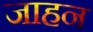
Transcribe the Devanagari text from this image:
जाहन